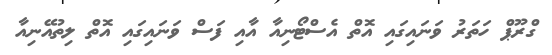
ގްރޫޕް ހަތަރު ވަނައިގައި އޮތް އެސްޓޯނިއާ އާއި ފަސް ވަނައިގައި އޮތް ލިތުއޭނިއާ